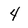
Character: 4